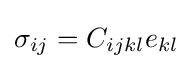
\sigma _{ij}=C_{ijkl}e_{kl}